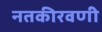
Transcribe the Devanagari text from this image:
नतकीरवणी